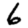
Digit: 6